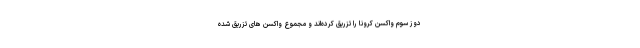
دوز سوم واکسن کرونا را تزریق کرده‌اند و مجموع واکسن های تزریق شده